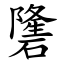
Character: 䃧